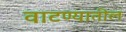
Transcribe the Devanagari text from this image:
वाटण्यातील